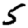
Digit: 5